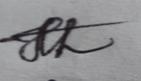
Signature authenticity: genuine